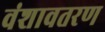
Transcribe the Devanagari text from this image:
वंशावतरण